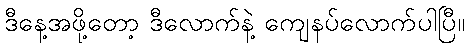
ဒီနေ့အဖို့တော့ ဒီလောက်နဲ့ ကျေနပ်လောက်ပါပြီ။